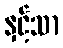
နှင့်သာ